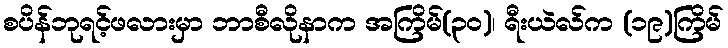
စပိန်ဘုရင့်ဖလားမှာ ဘာစီလိုနာက အကြိမ်(၃၀)၊ ရီးယဲလ်က (၁၉)ကြိမ်